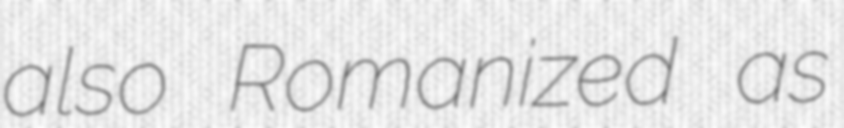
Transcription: also Romanized as